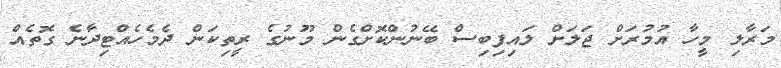
މަރާލި މީހާ އުމުރަށް ޖަލަށް ލައިފިބިސް ބޭނުންކޮށްގެން މޫނުގެ ރީތިކަން ދެމެހެއްޓިދާނެ ގޮތެއް